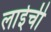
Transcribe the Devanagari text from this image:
लाईची